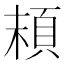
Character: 𩑷